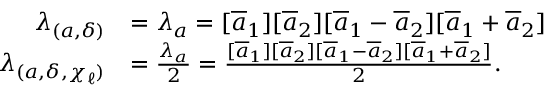
\begin{array} { r l } { \lambda _ { ( a , \delta ) } } & { = \lambda _ { a } = [ \overline { { a } } _ { 1 } ] [ \overline { { a } } _ { 2 } ] [ \overline { { a } } _ { 1 } - \overline { { a } } _ { 2 } ] [ \overline { { a } } _ { 1 } + \overline { { a } } _ { 2 } ] } \\ { \lambda _ { ( a , \delta , \chi _ { \ell } ) } } & { = \frac { \lambda _ { a } } { 2 } = \frac { [ \overline { { a } } _ { 1 } ] [ \overline { { a } } _ { 2 } ] [ \overline { { a } } _ { 1 } - \overline { { a } } _ { 2 } ] [ \overline { { a } } _ { 1 } + \overline { { a } } _ { 2 } ] } { 2 } . } \end{array}